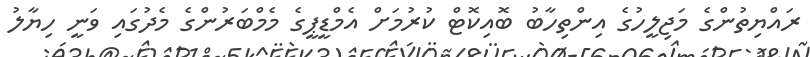
ރައްޔިތުންގެ މަޖިލީހުގެ އިންތިހާބު ބޮއިކޮޓް ކުރުމަށް އެމްޑީޕީގެ މެމްބަރުންގެ މެދުގައި ވަނީ ހިޔާލު